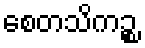
စေတသိကဉ္စ